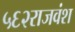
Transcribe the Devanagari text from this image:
५६२राजवंश